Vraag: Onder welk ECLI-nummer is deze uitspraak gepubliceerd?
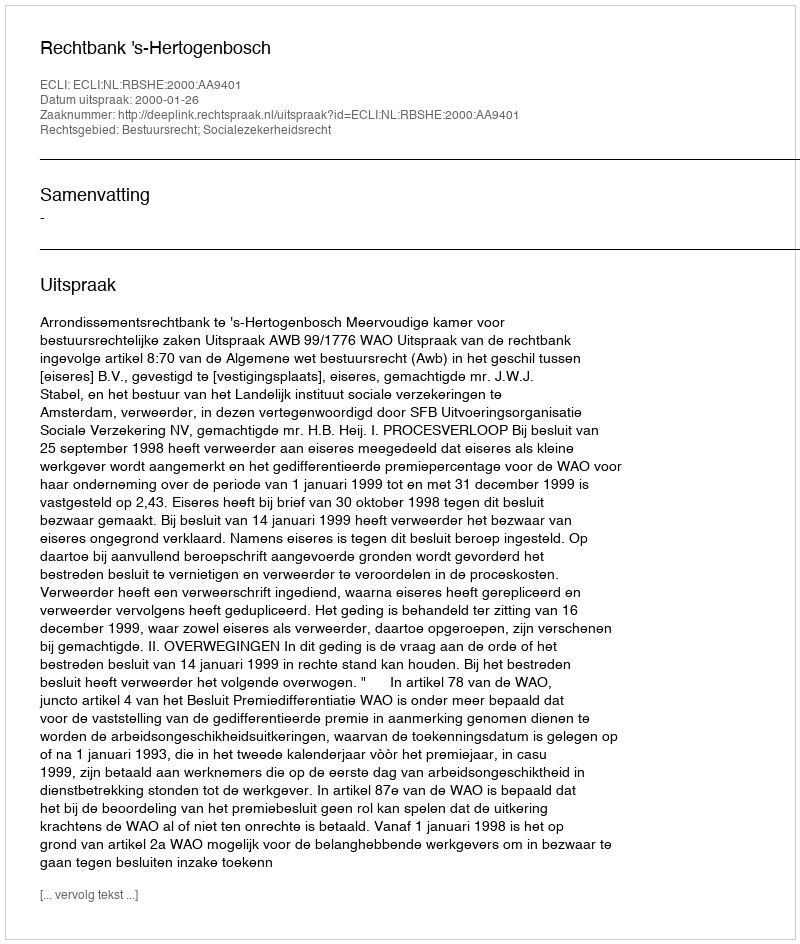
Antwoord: ECLI:NL:RBSHE:2000:AA9401